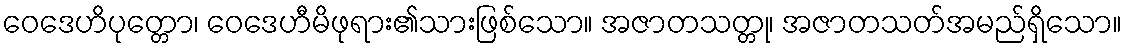
ဝေဒေဟိပုတ္တော၊ ဝေဒေဟီမိဖုရား၏သားဖြစ်သော။ အဇာတသတ္တု၊ အဇာတသတ်အမည်ရှိသော။